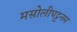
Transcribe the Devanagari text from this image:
मसोलीपट्टनम